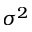
\sigma ^ { 2 }